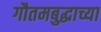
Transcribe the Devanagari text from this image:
गौतमबुद्धाच्या